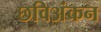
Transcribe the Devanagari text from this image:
छविअंकन